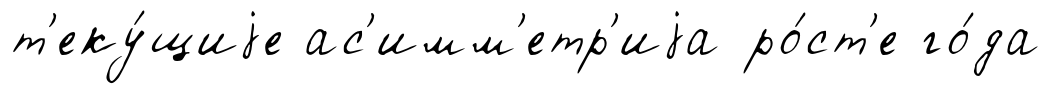
т'еку́щиjе ас'имм'етр'иjа ро́ст'е го́да